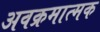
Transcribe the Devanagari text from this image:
अवक्रमात्मक